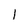
Character: I